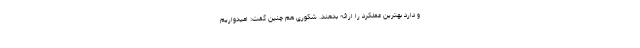
و دارد بهترین عملکرد را ارائه بدهند. شکوری هم چنین گفت: امیدواریم